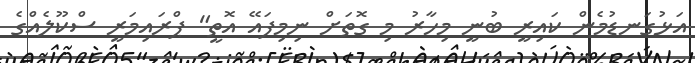
އަޅުގަނޑުމެން ކައިރީ ބުނީ މިހާރު މި ގޮތަށް ނިމިފައޭ އޮތީ" ޕްރައިމަރީ ސްކޫލެއްގެ